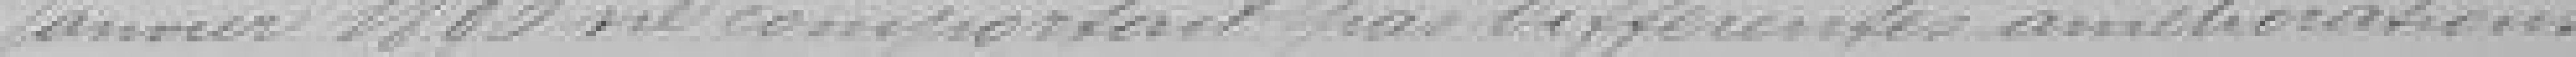
Janvier 1890 ne comportant pas différentes améliorations